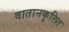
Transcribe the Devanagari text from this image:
वातानकुलित